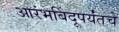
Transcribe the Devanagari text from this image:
आरंभबिंदूपर्यंतचे